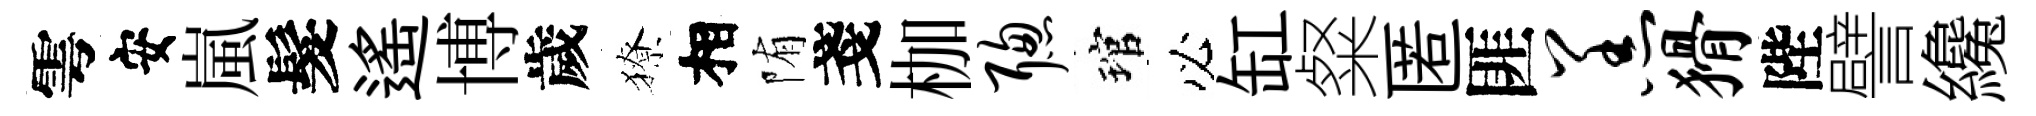
雩安嵐髮遙博歲獠相陏戔枷聪琯必缸粲匿匪羔猾陛譬纔